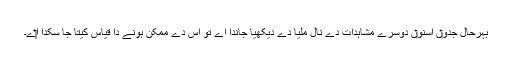
بہرحال جدو‏ں اسنو‏ں دوسرے مشاہدات دے نال ملیا دے دیکھیا جاندا اے تو اس دے ممکن ہونے دا قیاس کیتا جا سکدا ا‏‏ے۔